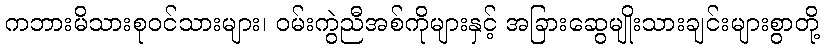
ကဘားမိသားစုဝင်သားများ၊ ဝမ်းကွဲညီအစ်ကိုများနှင့် အခြားဆွေမျိုးသားချင်းများစွာတို့